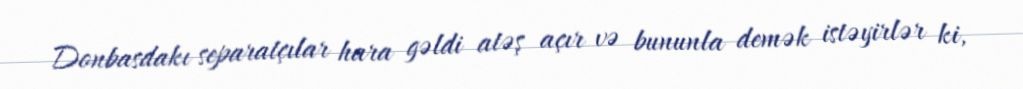
Donbasdakı separatçılar hara gəldi atəş açır və bununla demək istəyirlər ki,